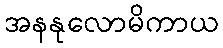
အနနုလောမိကာယ